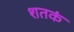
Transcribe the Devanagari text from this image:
शतकं